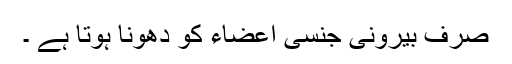
صِرف بیرونی جنسی اعضاء کو دھونا ہوتا ہے ۔